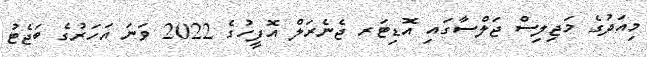
މިއަދުގެ މަޖިލިސް ޖަލްސާގައި އޮޑިޓަރ ޖެނެރަލް އޮފީހުގެ 2022 ވަނަ އަހަރުގެ ބަޖެޓު